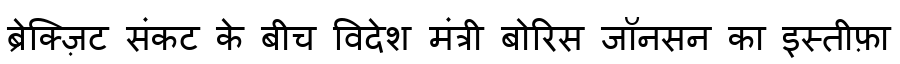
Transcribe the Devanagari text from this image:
ब्रेक्ज़िट संकट के बीच विदेश मंत्री बोरिस जॉनसन का इस्तीफ़ा